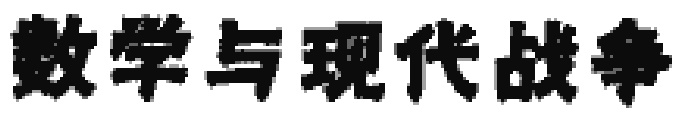
数学与现代战争